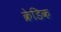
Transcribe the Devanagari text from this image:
क्रेडिक